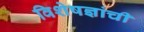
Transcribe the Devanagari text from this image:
विशेषज्ञांची